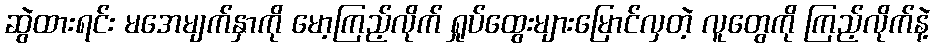
ဆွဲထားရင်း မအေမျက်နှာကို မော့ကြည့်လိုက် ရှုပ်ထွေးများမြောင်လှတဲ့ လူတွေကို ကြည့်လိုက်နဲ့